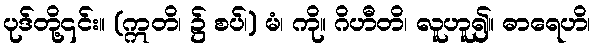
ပုဒ်တို့၎င်း။ (ဣတိ၊ ၌ စပ်၊) မံ၊ ကို။ ဂိဟီတိ၊ လူဟူ၍။ ဓာရေဟိ၊